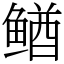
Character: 䲡